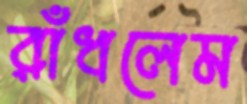
রাঁধলেম